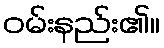
ဝမ်းနည်း၏။